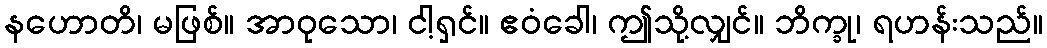
နဟောတိ၊ မဖြစ်။ အာဝုသော၊ ငါ့ရှင်။ ဧဝံခေါ၊ ဤသို့လျှင်။ ဘိက္ခု၊ ရဟန်းသည်။